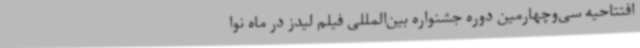
افتتاحیه سی‌وچهارمین دوره جشنواره بین‌المللی فیلم لیدز در ماه نوا